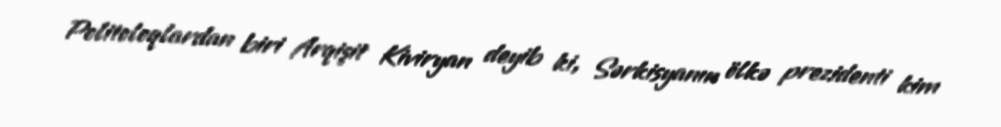
Politoloqlardan biri Arqişit Kiviryan deyib ki, Sərkisyanın ölkə prezidenti kim